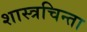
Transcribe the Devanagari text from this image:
शास्त्रचिन्ता